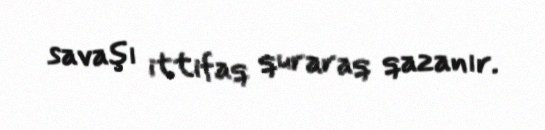
savaşı ittifaq quraraq qazanır.